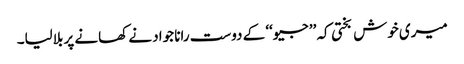
میری خوش بختی کہ ’’جیو‘‘ کے دوست رانا جواد نے کھانے پر بلالیا۔